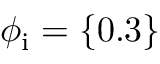
\phi _ { \mathrm { i } } = \{ 0 . 3 \}